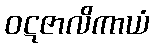
ဝဋဇာလိကာယံ